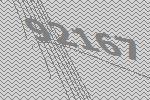
92167